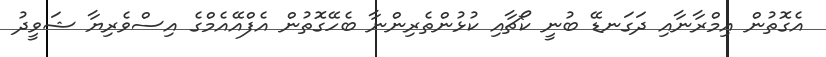
އެގޮތުން އިމްރާނާއި ދަގަނޑޭ ބުނީ ކޯޗާއި ކުޅުންތެރިންނާ ބެހޭގޮތުން އެފްއޭއެމްގެ އިސްވެރިޔާ ޝަވީދު